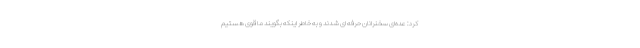
کرد: عده‌ای سخنرانان حرفه ای شدند و به خاطر اینکه بگویند ما قوی هستیم